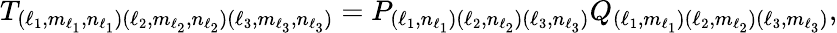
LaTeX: T_{(\ell_{1},m_{\ell_{1}},n_{\ell_{1}})(\ell_{2},m_{\ell_{2}},n_{\ell_{2}})(\ell_{3},m_{\ell_{3}},n_{\ell_{3}})}=P_{(\ell_{1},n_{\ell_{1}})(\ell_{2},n_{\ell_{2}})(\ell_{3},n_{\ell_{3}})}Q_{(\ell_{1},m_{\ell_{1}})(\ell_{2},m_{\ell_{2}})(\ell_{3},m_{\ell_{3}})},